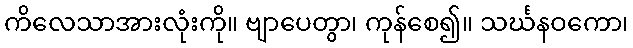
ကိလေသာအားလုံးကို။ ဗျာပေတွာ၊ ကုန်စေ၍။ သင်္ဃနဝကော၊